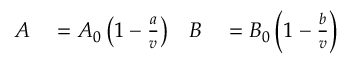
\begin{array} { r l r l } { A } & { { } = A _ { 0 } \left( 1 - { \frac { a } { v } } \right) } & { B } & { { } = B _ { 0 } \left( 1 - { \frac { b } { v } } \right) } \end{array}